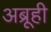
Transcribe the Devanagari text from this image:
अब्रूही